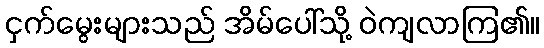
ငှက်မွေးများသည် အိမ်ပေါ်သို့ ဝဲကျလာကြ၏။